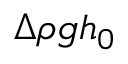
\Delta \rho g h _ { 0 }